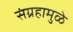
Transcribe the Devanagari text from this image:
संग्रहामुळे